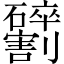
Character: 𫦢